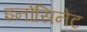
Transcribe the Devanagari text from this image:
इनोसिनेट